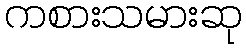
ကစားသမားဆု